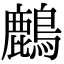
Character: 𪋞